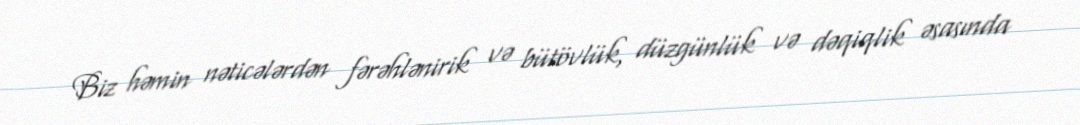
Biz həmin nəticələrdən fərəhlənirik və bütövlük, düzgünlük və dəqiqlik əsasında